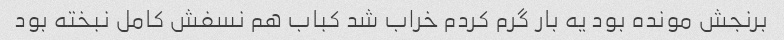
برنجش مونده بود یه بار گرم کردم خراب شد کباب هم نسفش کامل نبخته بود